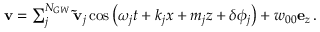
\begin{array} { r } { \mathbf { v } = \sum _ { j } ^ { N _ { G W } } \mathbf { \tilde { v } } _ { j } \cos \left( \omega _ { j } t + k _ { j } x + m _ { j } z + \delta \phi _ { j } \right) + w _ { 0 0 } \mathbf { e } _ { z } \, . } \end{array}